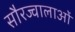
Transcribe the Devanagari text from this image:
सौरज्वालाओं